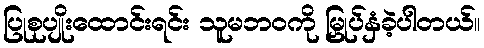
ပြုစုပျိုးထောင်းရင်း သူမဘဝကို မြှုပ်နှံခဲ့ပါတယ်။